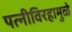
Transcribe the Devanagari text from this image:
पत्‍नीविरहामुळे